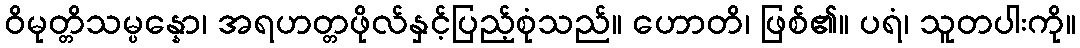
ဝိမုတ္တိသမ္ပန္နော၊ အရဟတ္တဖိုလ်နှင့်ပြည့်စုံသည်။ ဟောတိ၊ ဖြစ်၏။ ပရံ၊ သူတပါးကို။